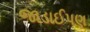
જાડાઈપણ